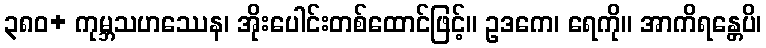
၃၈၀+ ကုမ္ဘသဟဿေန၊ အိုးပေါင်းတစ်ထောင်ဖြင့်။ ဥဒကေ၊ ရေကို။ အာကိရန္တေပိ၊